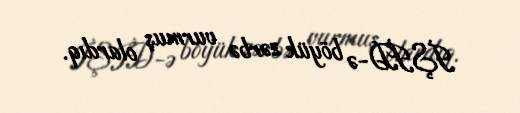
İŞİD-ə böyük zərbə vurmuş olardıq.